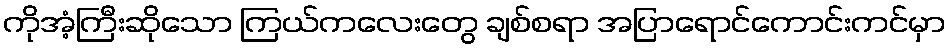
ကိုအံ့ကြီးဆိုသော ကြယ်ကလေးတွေ ချစ်စရာ အပြာရောင်ကောင်းကင်မှာ